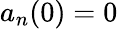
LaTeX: a_{n}(0)=0